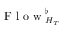
\mathrm { ~ F ~ l ~ o ~ w ~ } _ { H _ { T } } ^ { \flat }